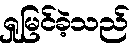
ရှုမြင်ခဲ့သည်